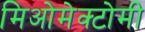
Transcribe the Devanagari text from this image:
मिओमेक्टोमी